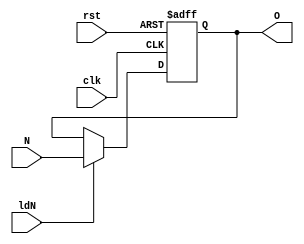
module NReg(input clk, rst, ldN, input[7:0] N, output  [7:0] O);
	reg [7:0] o ;
	always@(posedge clk, posedge rst) begin
		if(rst) o <= 8'b0;
		else
			if(ldN) o <= N;
			else o <= o;
	end
	assign O = o;
	
endmodule